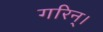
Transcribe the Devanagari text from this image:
गरिन्।